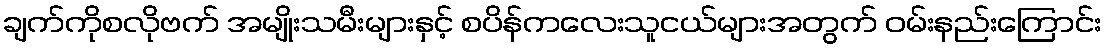
ချက်ကိုစလိုဗက် အမျိုးသမီးများနှင့် စပိန်ကလေးသူငယ်များအတွက် ဝမ်းနည်းကြောင်း